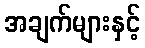
အချက်များနှင့်